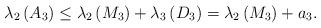
LaTeX: \begin{align*}\lambda _{2}\left( A_{3}\right) \leq \lambda _{2}\left( M_{3}\right)+\lambda _{3}\left( D_{3}\right) =\lambda _{2}\left( M_{3}\right) +a_{3}. \end{align*}